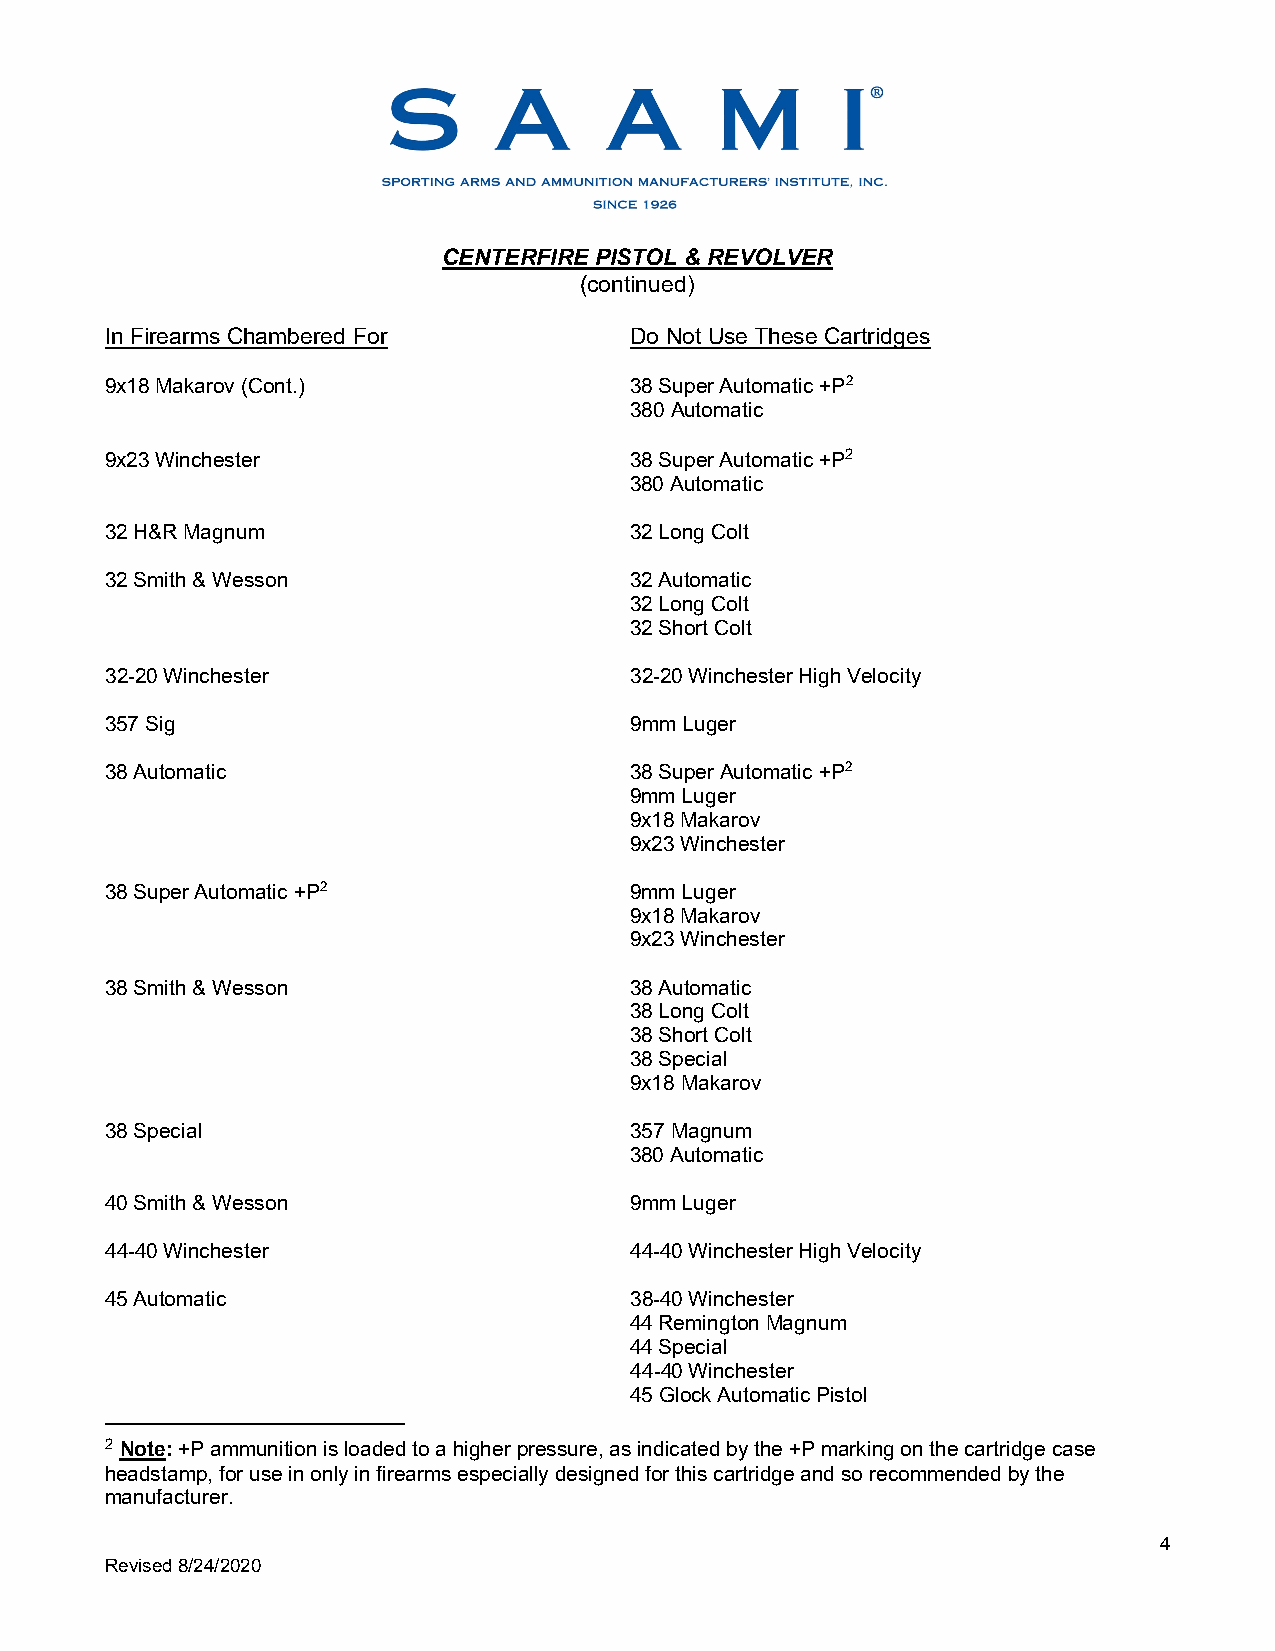
CENTERFIRE PISTOL & REVOLVER
 (continued)
 In Firearms Chambered For          Do Not Use These Cartridges
 9x18 Makarov (Cont.)               38 Super Automatic +P2
 380 Automatic
 9x23 Winchester                    38 Super Automatic +P2
 380 Automatic
 32 H&R Magnum                      32 Long Colt
 32 Smith & Wesson                  32 Automatic
 32 Long Colt
 32 Short Colt
 32-20 Winchester                   32-20 Winchester High Velocity
 357 Sig                            9mm Luger
 38 Automatic                       38 Super Automatic +P2
 9mm Luger
 9x18 Makarov
 9x23 Winchester
 38 Super Automatic +P2             9mm Luger
 9x18 Makarov
 9x23 Winchester
 38 Smith & Wesson                  38 Automatic
 38 Long Colt
 38 Short Colt
 38 Special
 9x18 Makarov
 38 Special                         357 Magnum
 380 Automatic
 40 Smith & Wesson                  9mm Luger
 44-40 Winchester                   44-40 Winchester High Velocity
 45 Automatic                       38-40 Winchester
 44 Remington Magnum
 44 Special
 44-40 Winchester
 45 Glock Automatic Pistol
 2 Note: +P ammunition is loaded to a higher pressure, as indicated by the +P marking on the cartridge case
 headstamp, for use in only in firearms especially designed for this cartridge and so recommended by the
 manufacturer.
 4
 Revised 8/24/2020